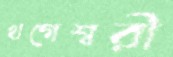
খগেশ্বরী